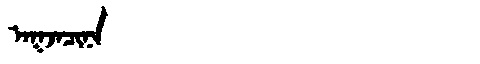
Manchu: ᠠᡴᠵᠠᠴᡳᠨᠠ
Romanization: AKJACINA